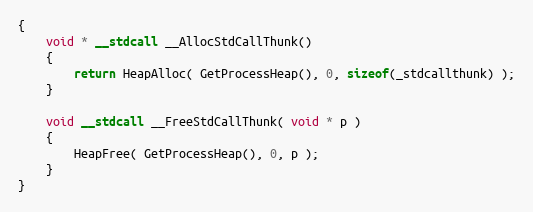
Language: C++
{
    void * __stdcall __AllocStdCallThunk()
    {
        return HeapAlloc( GetProcessHeap(), 0, sizeof(_stdcallthunk) );
    }

    void __stdcall __FreeStdCallThunk( void * p )
    {
        HeapFree( GetProcessHeap(), 0, p );
    }
}